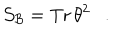
LaTeX: { \cal S _ { B } } = \mathrm { T r } \, \theta ^ { 2 } .